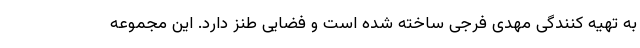
به تهیه کنندگی مهدی فرجی ساخته شده است و فضایی طنز دارد. این مجموعه